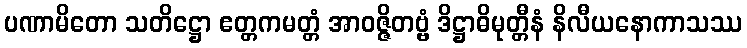
ပဏာမိတော သတိဋ္ဌော ဧတ္တကမတ္တံ အာဝဇ္ဇိတဗ္ဗံ ဒိဋ္ဌာဓိမုတ္တီနံ နိလီယနောကာသဿ